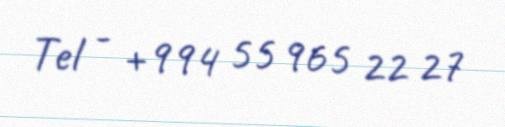
Tel - +994 55 965 22 27